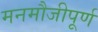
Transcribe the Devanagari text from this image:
मनमौजीपूर्ण